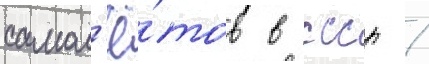
самол'ё́тов в ссср /